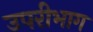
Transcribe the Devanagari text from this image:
उपरीभाग